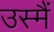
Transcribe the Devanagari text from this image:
उस्मैं